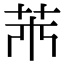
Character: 𦬝